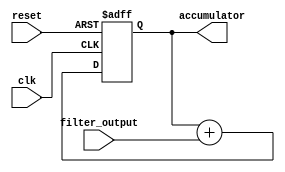
module accumulator (
  input wire clk,         // Clock input
  input wire reset,       // Reset input
  input wire filter_output,  // output from the filter
  output reg accumulator   // accumulator output
);

  always @(posedge clk or posedge reset) begin
    if (reset) begin
      accumulator <= 0;    // Reset accumulator value
    end else begin
      accumulator <= accumulator + filter_output;   // Add filter output to accumulator
    end
  end

endmodule